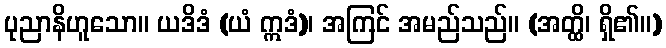
ပုညာနိဟူသော။ ယဒိဒံ (ယံ ဣဒံ)၊ အကြင် အမည်သည်။ (အတ္ထိ၊ ရှိ၏။)